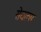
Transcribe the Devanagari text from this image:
सेयल्स